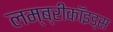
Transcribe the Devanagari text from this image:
लम्ब्रीकॉइड्स